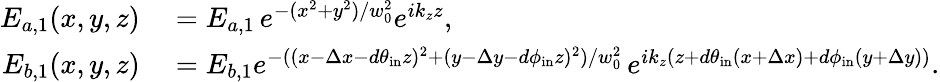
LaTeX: \begin{array}{rl}{E_{a,1}(x,y,z)}&{{}=E_{a,1}\, e^{-(x^{2}+y^{2})/w_{0}^{2}}e^{ik_{z}z},}\\ {E_{b,1}(x,y,z)}&{{}=E_{b,1}e^{-((x-\Delta x-d\theta_{\mathrm{in}}z)^{2}+(y-\Delta y-d\phi_{\mathrm{in}}z)^{2})/w_{0}^{2}}\, e^{ik_{z}(z+d\theta_{\mathrm{in}}(x+\Delta x)+d\phi_{\mathrm{in}}(y+\Delta y))}.}\end{array}